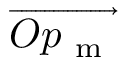
\overrightarrow { O p _ { \mathrm { ~ m ~ } } }